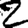
Digit: 2